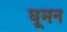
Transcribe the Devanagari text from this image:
घूमन